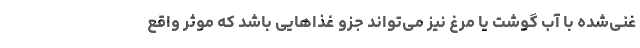
غنی‌شده با آب گوشت یا مرغ نیز می‌تواند جزو غذاهایی باشد که موثر واقع